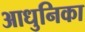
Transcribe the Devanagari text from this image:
आधुनिका